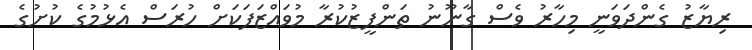
ރިޔާޒު ގެންދަވަނީ މިހާރު ވެސް ގާނޫނު ތަންފީޒުކުރާ މުވައްޒަފަކަށް ހުރަސް އެޅުމުގެ ކުށުގެ